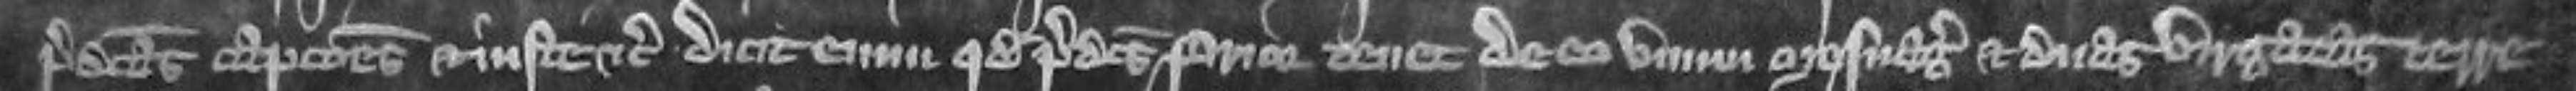
predictas captiones et juste etc Dicit enim quod predictus prior tenet de eo unum mesuagium et duas virgatas terre